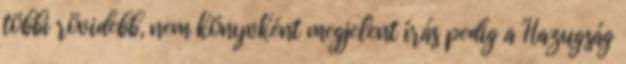
többi rövidebb, nem könyvként megjelent írás pedig a Hazugság